Annual report on the working of the mental hospitals in the Madras Presidency - 1912-1932
Year: 1912
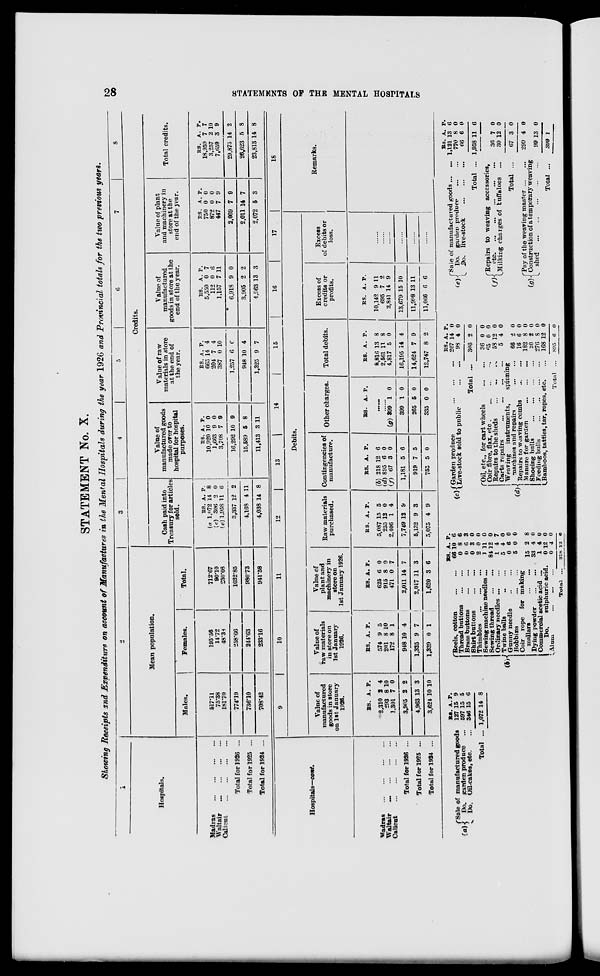
28
STATEMENTS
OF THE MENTAL HOSPITALS
STATEMENT No. X.
Showing Receipts and Expenditure on account of Manufactures in the Mental Hospitals during the year 1926 and Provincial totals for the two previous years.
1
Hospitals.
Madras
...
...
...
...
Waltair
...
...
...
...
Calicut
...
...
...
...
Total for 1926 ...
Total for 1925 ...
Total for 1924 ...
2
Mean population.
Males.
517.11
75.38
181.70
774.19
736.10
708.42
Females.
195.56
14.72
48.38
258.66
244.63
233.16
Total.
712.67
90.10
230.08
1032.85
980.73
941.58
3
4
5
6
7
8
Credits.
Cash paid into
Treasury for articles
sold.
RS.
(a) 1,072
(c) 306
(e) 1,958
3,337
4,168
4,038
A.
14
2
11
12
4
14
P.
8
0
6
2
11
8
Value of
manufactured goods
made over to
hospital for hospital
purposes.
RS.
10,920
1,663
3,708
16,292
15,589
11,413
A.
10
9
7
10
5
3
P.
0
0
9
9
8
11
Value of raw
materials in store
at the end of
the year.
RS.
665
204
387
1,257
948
1,325
A.
14
7
0
6
10
9
P.
4
4
10
0
4
7
Value of
manufactured
goods in store at the
end of the year.
RS.
5,550
112
1,157
6,918
3,905
4,963
A.
0
0
7
9
2
13
P.
7
6
11
0
2
3
Value of plant
and machinery in
store at the
end of the year.
RS.
750
872
447
2,069
2,011
2,072
A.
0
0
7
7
14
5
P.
0
0
9
9
7
3
Total credits.
RS.
18,959
3,257
7,659
29,875
26,623
23,813
A.
7
2
3
14
5
14
P.
7
10
9
2
8
8
Hospitals—cont.
Madras
...
...
...
...
Waltair ... ... ... ...
Calicut ... ... ... ...
Total for 1926 ...
Total for 1925 ...
Total for 1924 ...
9
10
11
12
13
14
15
16
17
Debits.
Value of
manufactured
goods in store
on 1st January
1926.
RS.
2,310
293
1,301
3,905
4,963
3,624
A.
2
8
7
2
13
10
P.
4
10
0
2
3
10
Value of
raw materials
in store on
1st January
1926.
RS.
574
201
172
948
1,325
1,339
A.
9
8
8
10
9
0
P.
5
10
1
4
7
1
Value of
plant and
machinery in
store on
1st January 1926.
RS.
625
915
471
2,011
2,017
1,620
A.
6
8
0
14
11
3
P.
0
0
7
7
3
6
Raw materials
purchased.
RS.
5,087
255
2,406
7,749
5,132
5,075
A.
15
12
1
12
9
4
P.
5
0
4
9
3
9
Contingencies of
manufacture.
RS.
(b) 218
(d) 895
(f) 67
1,181
919
753
A.
12
6
3
5
7
5
P.
6
0
0
6
5
0
Other charges.
RS. A. P.
......
......
(g) 399
399
265
335
1
1
5
0
0
0
0
0
Total debits.
RS.
8,816
2,561
4,817
16,195
14,624
12,747
A.
13
11
5
14
7
8
P.
8
8
0
4
9
2
Excess of
credits or
profits.
RS.
10,142
695
2,841
13,679
11,998
11,066
A.
9
7
14
15
13
6
P.
11
2
9
10
11
6
Excess
of debits or
loss.
......
......
......
......
......
......
......
18
Remarks.
(a)
Sale of manufactured goods
Do. garden produce ...
Do. Oil-cakes, etc. ...
Total ...
RS.
127
597
346
1,072
A.
15
15
15
14
P.
9
5
6
8
(b) Reels, cotton
...
...
Thread buttons
...
...
Brass buttons
...
...
Shirt buttons
...
...
Thimbles
...
...
...
Sewing machine needles ...
Sewing thread ... ...
Ordinary needles ... ...
Twine balls
...
...
Gunny needle
...
...
Robbins
...
...
Coir rope for making
mailars
...
...
Dying powder
...
...
Commercial acetic acid ...
Do.
sulphuric acid.
Alum
...
... ...
Total ...
RS.
66
0
0
0
2
1
84
1
5
0
5
15
33
1
0
0
218
A.
10
8
6
3
0
11
12
4
4
6
0
2
4
4
12
4
12
P.
6
6
3
0
0
0
0
7
0
0
0
8
0
0
0
0
6
(c) Garden produce
...
...
...
Live-stock sold to public
...
...
Total ...
(d)
Oil, etc., for cart wheels
...
...
Coir fibre, flax, etc. ... ... ...
Repairs to the sheds ... ... ...
Carts repairs
...
...
...
...
Weaving
instruments,
spinning
machines and repairs
...
...
Repairs to weaving combs
...
...
Manure for garden
...
...
...
Shoeing bulls
...
...
...
...
Feeding bulls
...
...
...
...
Bamboos, tatties, tar, ropes, etc.
Total ...
RS.
207
98
306
36
65
58
5
66
16
182
20
276
168
895
A.
14
4
2
0
0
12
4
2
6
8
2
8
12
6
P.
0
0
0
0
0
0
0
0
0
0
0
0
0
0
(e)
Sale of manufactured goods ... ...
Do. garden produce
...
...
Do. live-stock
...
...
...
Total ...
(f)
Repairs to weaving accessories,
etc.
...
...
...
...
...
Milking charges of buffaloes ...
Total ...
(g)
Pay of the weaving master
...
...
Construction of a temporary weaving
shed
...
...
...
...
...
Total ...
RS.
1,121
770
66
1,958
36
30
67
299
99
399
A.
13
8
6
11
7
12
3
4
13
1
P.
6
0
0
6
0
0
0
0
0